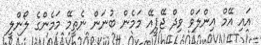
އައި އޭމް އިންލަވް ވިދް ޖޭޕީއޭ މަމެން ބުނަން ނެތީމޭ މަމެންގެ ލޯންލީ